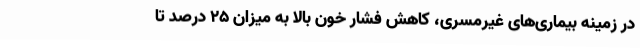
در زمینه بیماری‌های غیرمسری، کاهش فشار خون بالا به میزان ۲۵ درصد تا